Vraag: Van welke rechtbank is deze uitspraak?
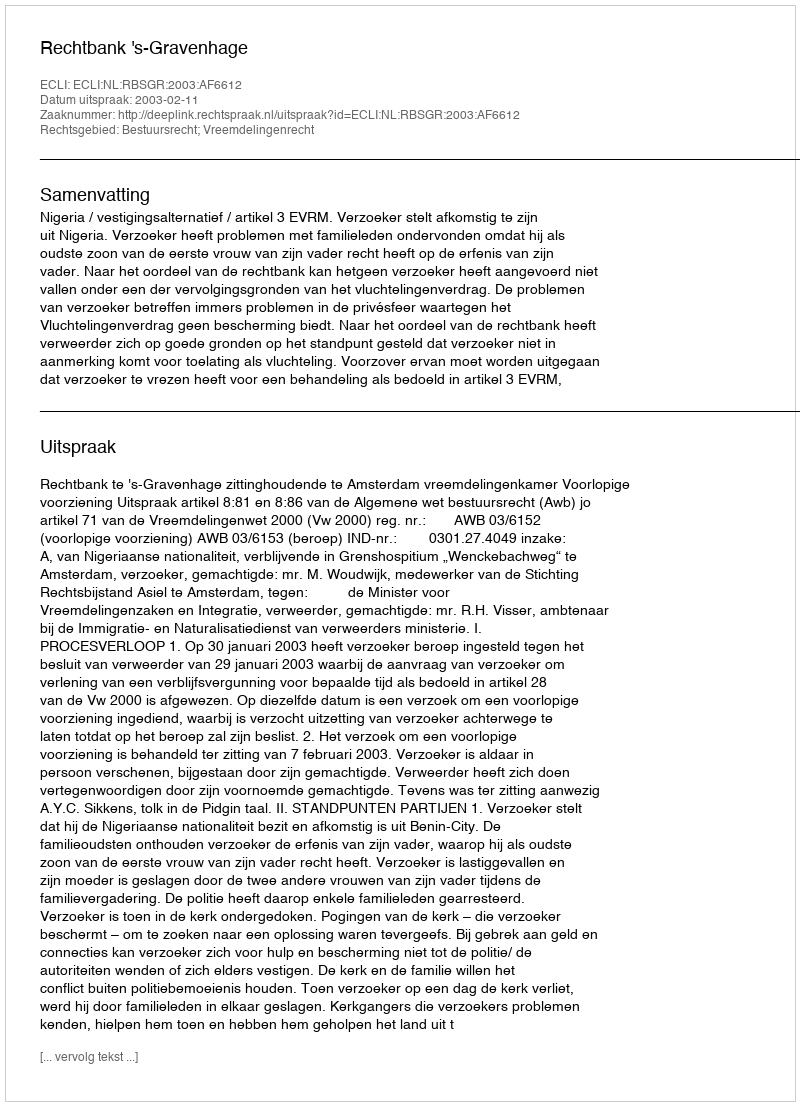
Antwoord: Rechtbank 's-Gravenhage